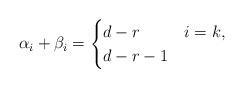
LaTeX: \begin{align*}\alpha_i + \beta_i = \begin{cases}d-r& i=k,\\d-r-1&\end{cases}\end{align*}